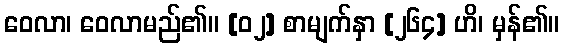
ဝေလာ၊ ဝေလာမည်၏။ [၀၂] စာမျက်နှာ [၂၆၄] ဟိ၊ မှန်၏။